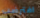
افترضت